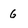
Character: 6